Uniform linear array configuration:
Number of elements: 24
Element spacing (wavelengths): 0.75
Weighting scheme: cosine
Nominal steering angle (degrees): -60
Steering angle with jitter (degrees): -60.992
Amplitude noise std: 0.05
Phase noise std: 0.05

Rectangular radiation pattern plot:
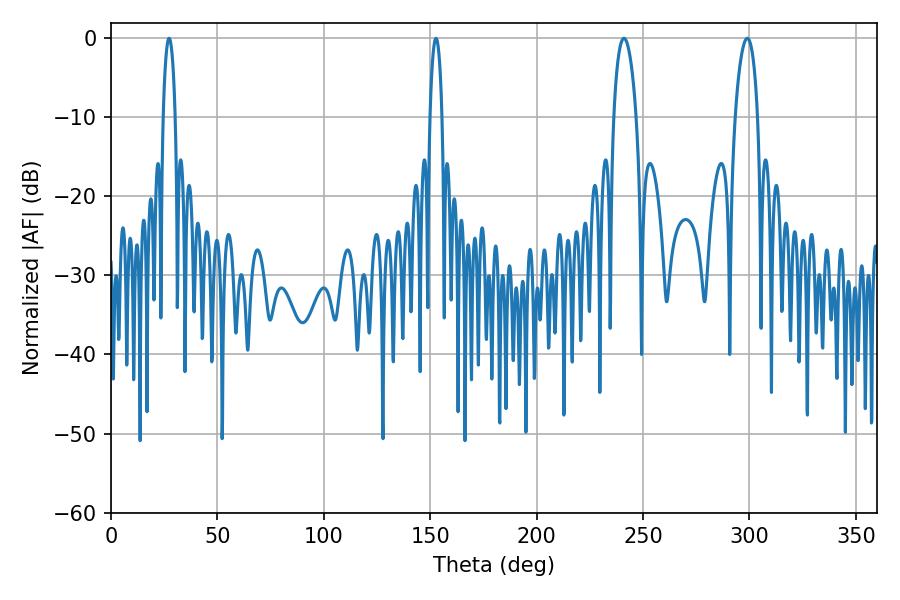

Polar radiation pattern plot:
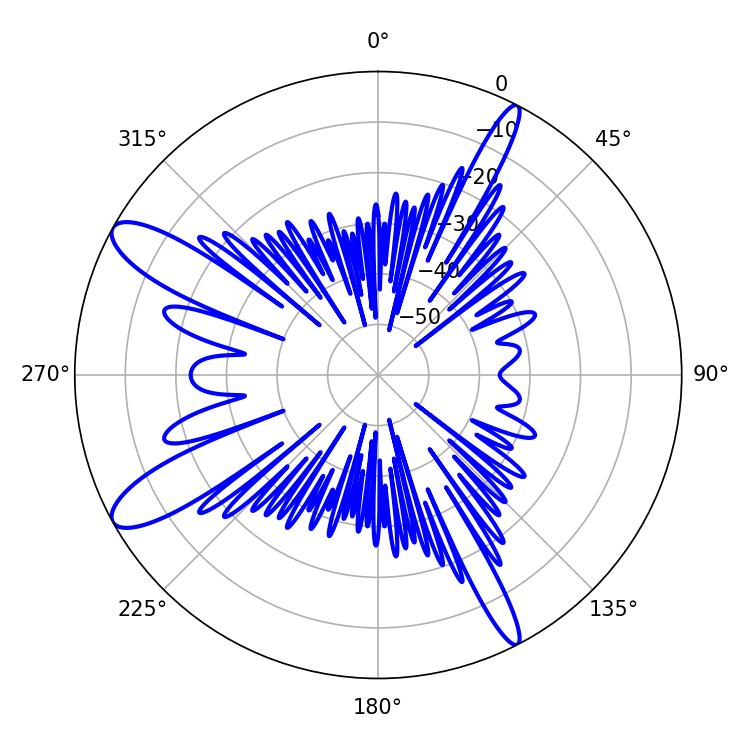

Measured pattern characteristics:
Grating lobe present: TRUE
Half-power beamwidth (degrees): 6.12
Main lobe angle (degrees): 241.02